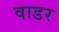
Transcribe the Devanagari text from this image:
वाडर